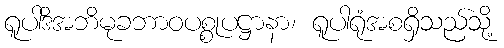
ရူပါဒိအဘိမုခဘာဝပစ္စုပဋ္ဌာနာ၊ ရူပါရုံအစရှိသည်သို့